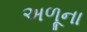
અળૂના